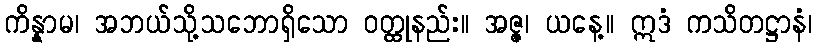
ကိန္နာမ၊ အဘယ်သို့သဘောရှိသော ဝတ္ထုနည်း။ အဇ္ဇ၊ ယနေ့။ ဣဒံ ကသိတဋ္ဌာနံ၊